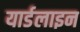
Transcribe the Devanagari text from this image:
यार्डलाइन